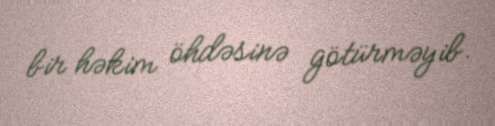
bir həkim öhdəsinə götürməyib.